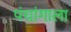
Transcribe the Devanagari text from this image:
पंचांगाला